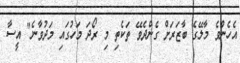
އެހެންވެ މާލޭގެ ބާޒަރަށް ގެންދެވޭ ތަކެތި މި ރޯދަ މަހުގައި މަދުވާނެ" އީސާ